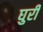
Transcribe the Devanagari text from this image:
घुरी